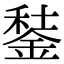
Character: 𨧭